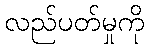
လည်ပတ်မှုကို